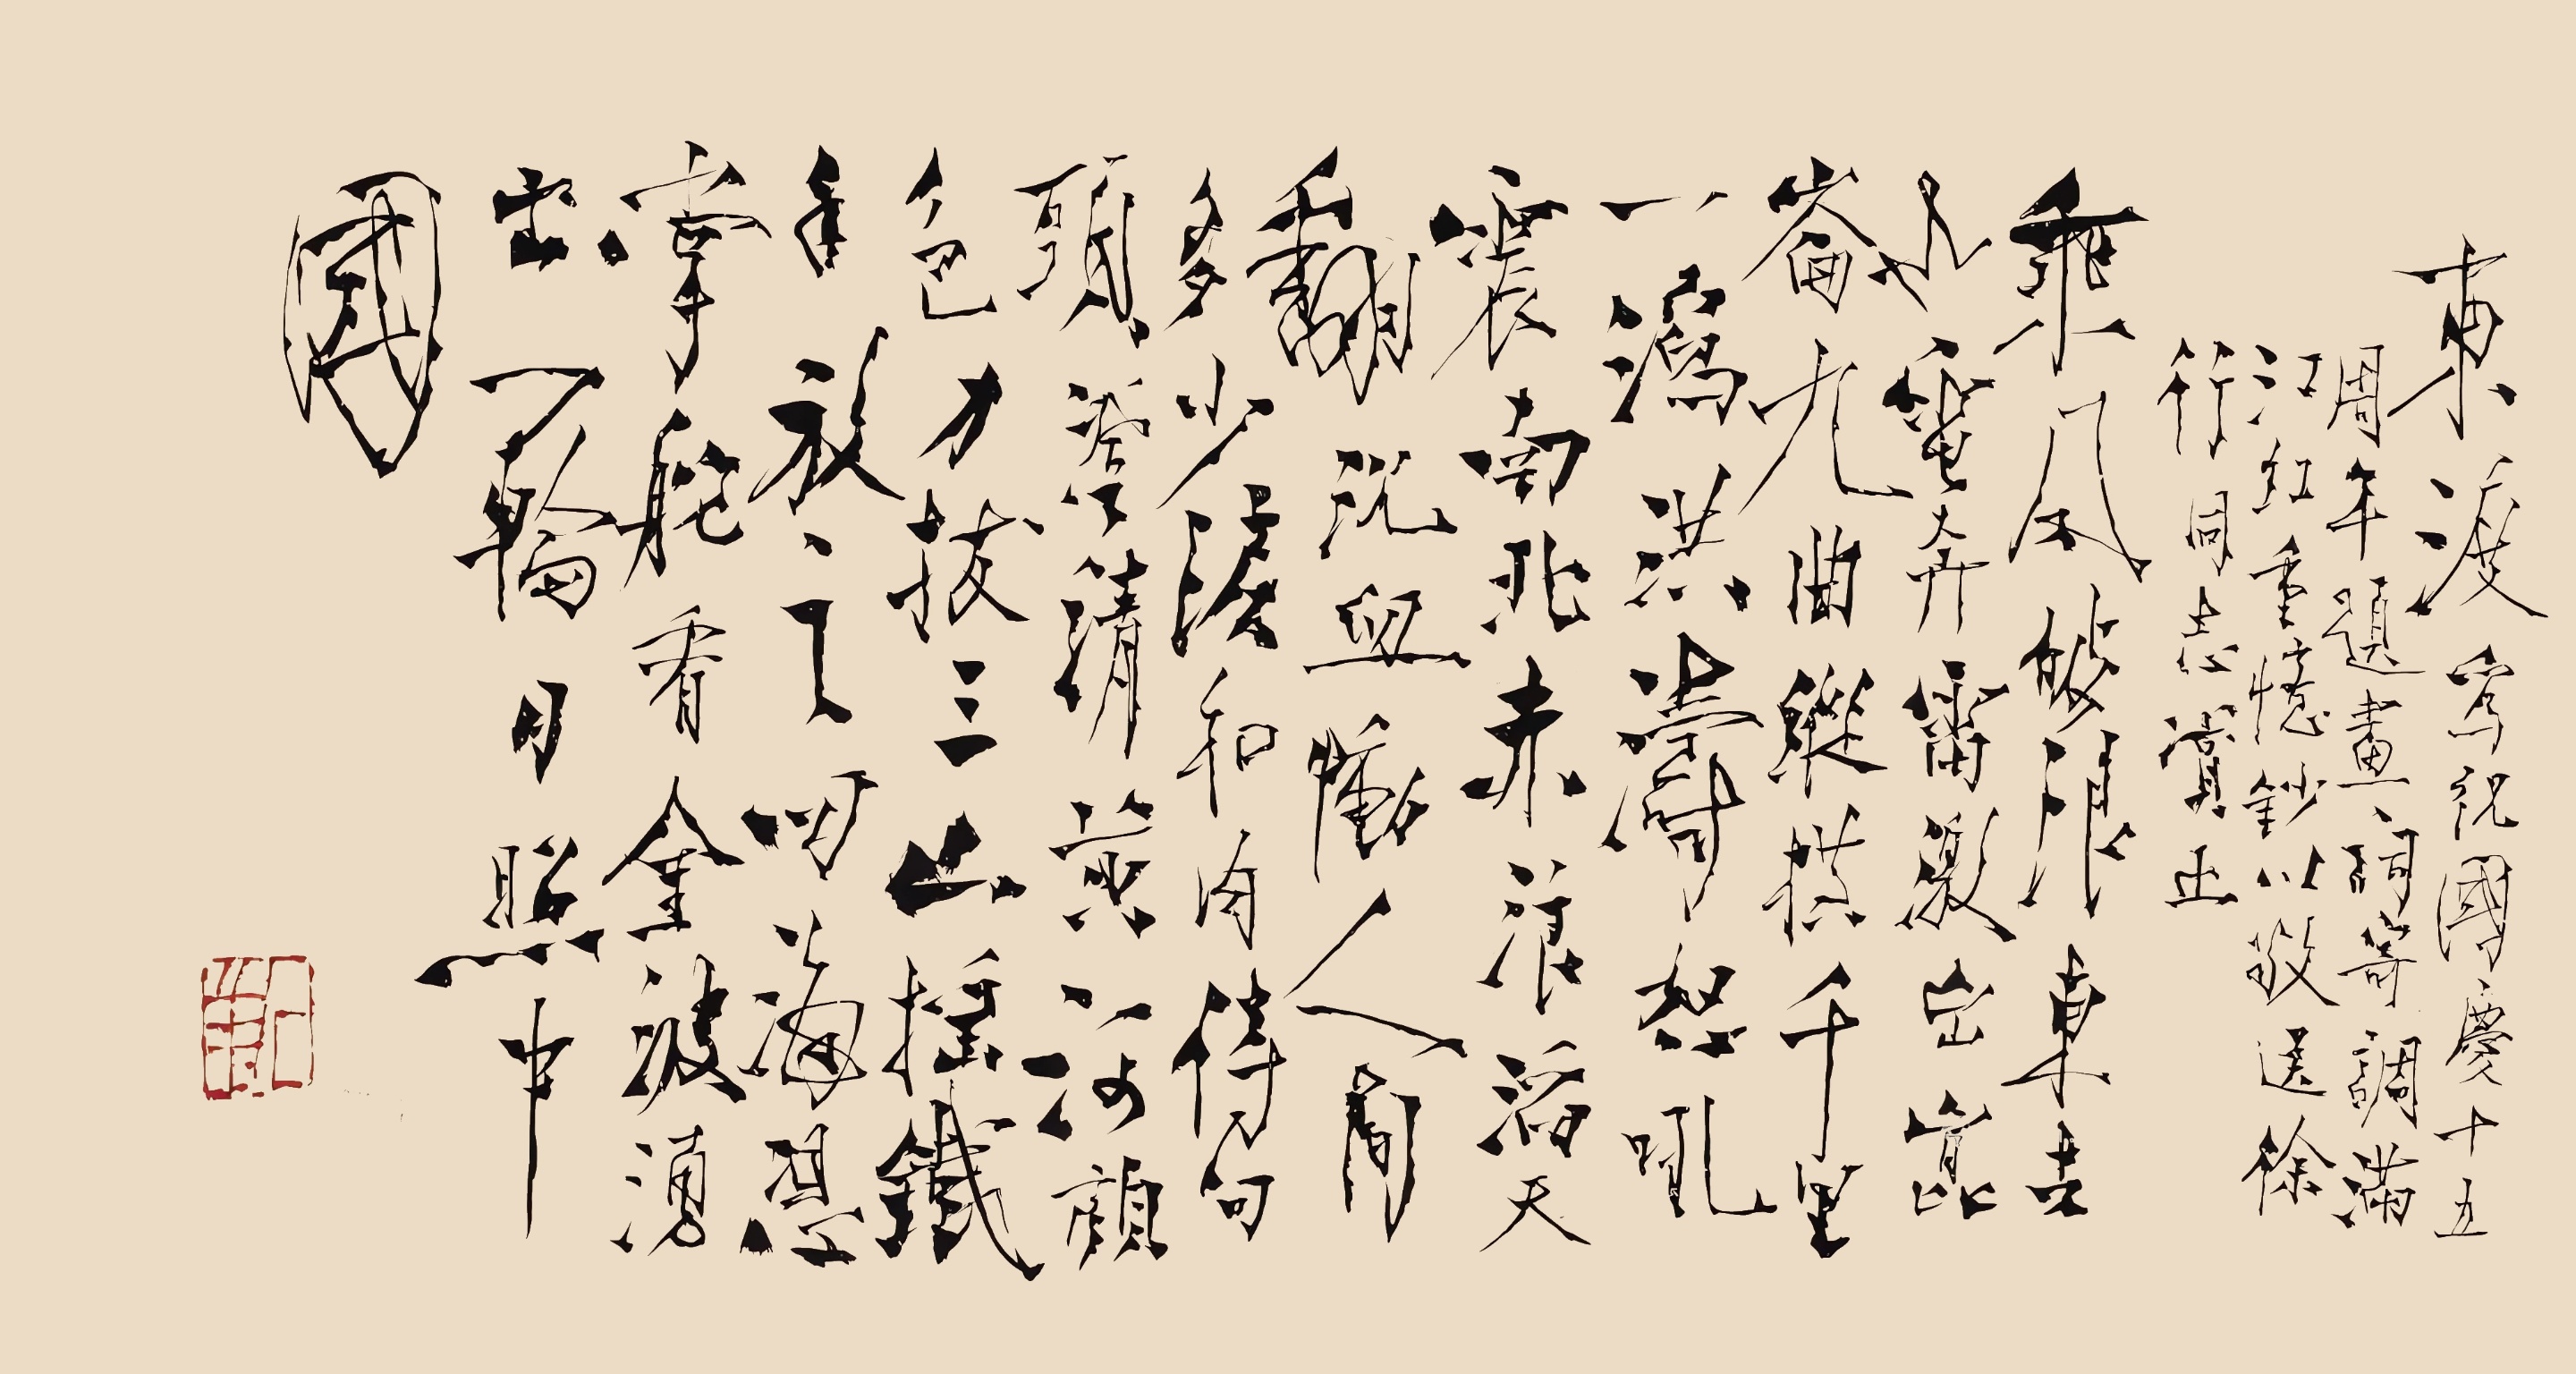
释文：乘风破浪，东去也，电奔雷激。出昆仑，九曲纵横，千里一泻。洪涛怒吼震南北，赤浪滔天翻沉血，恸人间多少泪和肉。待回头，澄清黄河颜色，力拔三山摇铁手，放四海凭掌舵，看金波涌出一轮月，照中国。东渡。为庆祝国庆十五周年，题画词《寄调满江红》重忆抄，以敬送徐行同志赏正。